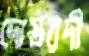
দোস্তরদী